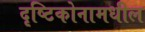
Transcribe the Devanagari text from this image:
दृष्टिकोनामधील